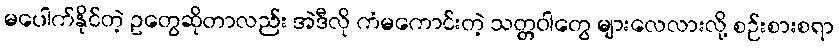
မပေါက်နိုင်တဲ့ ဥတွေဆိုတာလည်း အဲဒီလို ကံမကောင်းတဲ့ သတ္တဝါတွေ များလေလားလို့ စဉ်းစားစရာ